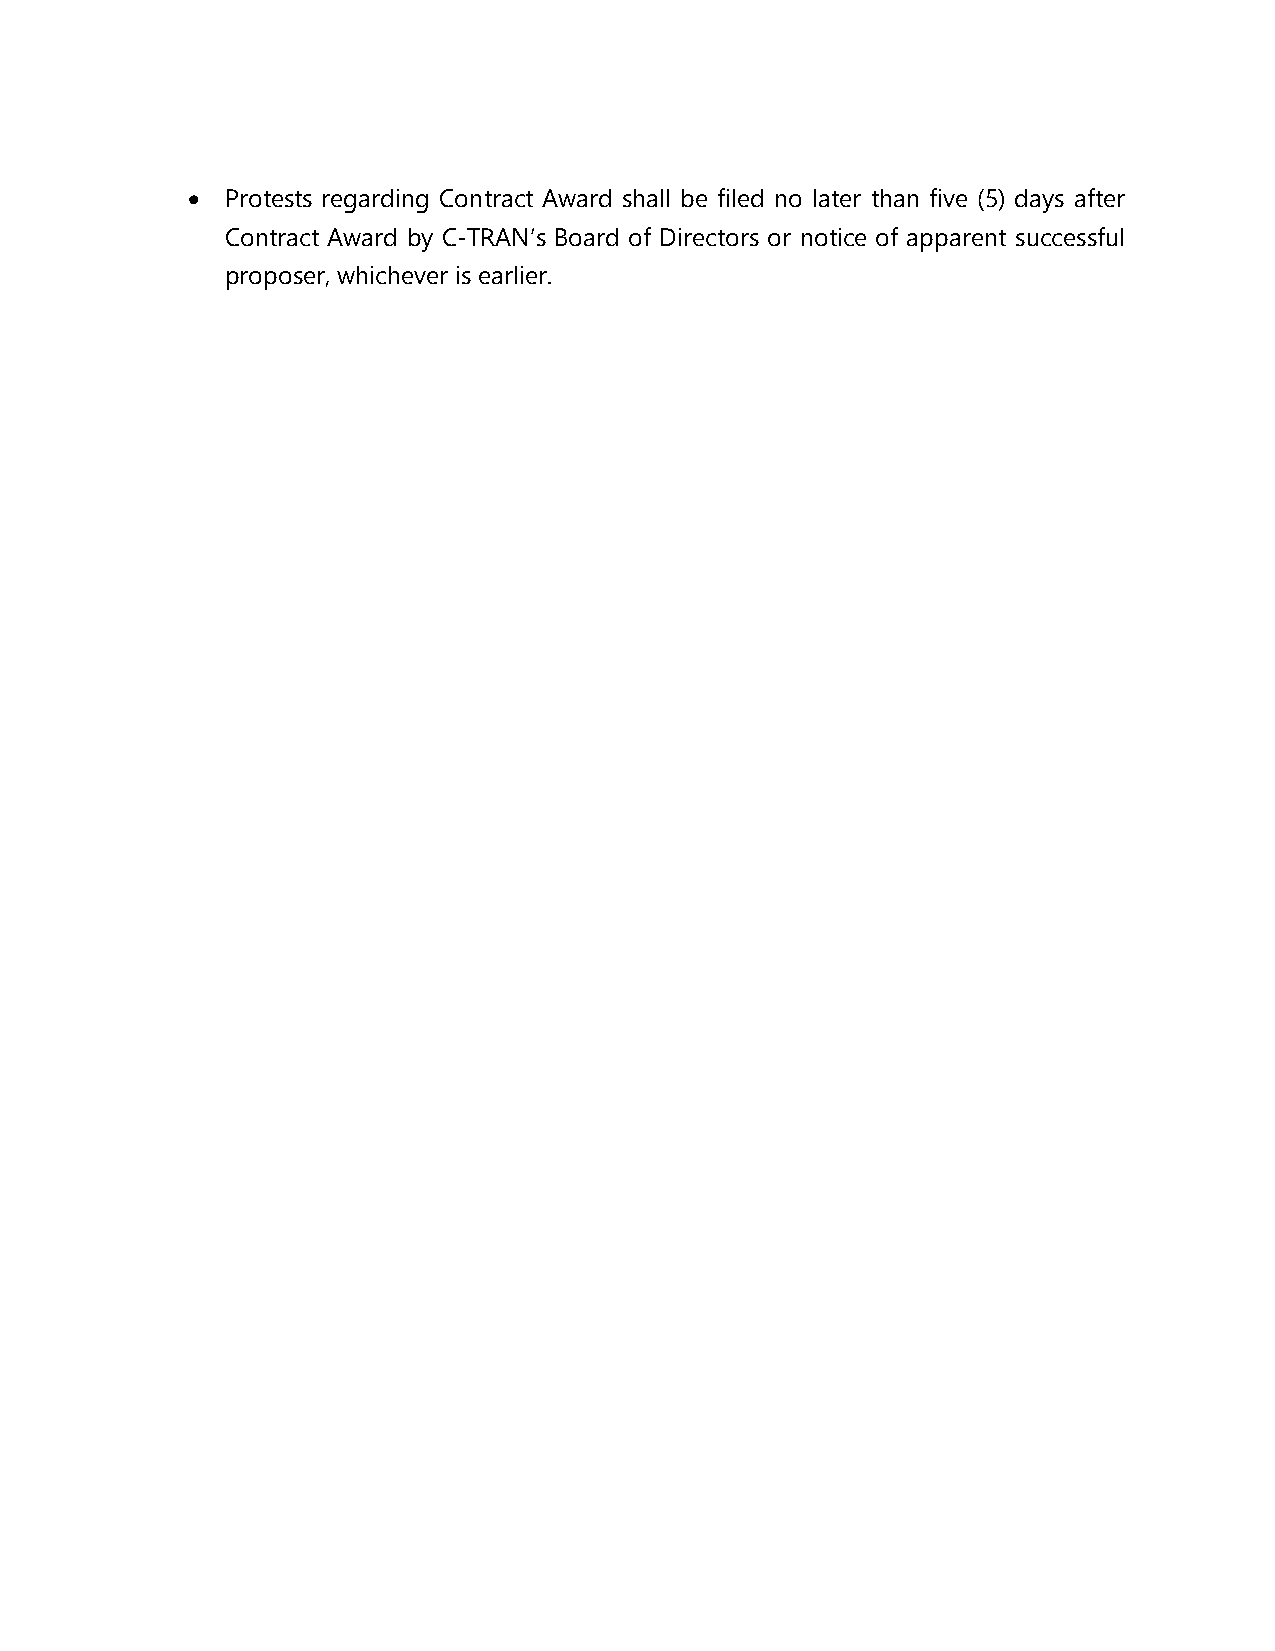
•  Protests regarding Contract Award shall be filed no later than five (5) days after
 Contract Award by C-TRAN’s Board of Directors or notice of apparent successful
 proposer, whichever is earlier.